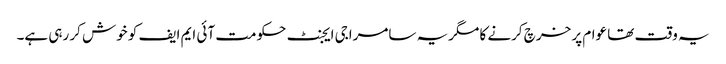
یہ وقت تھا عوام پر خرچ کرنے کا مگریہ سامراجی ایجنٹ حکومت آئی ایم ایف کو خوش کر رہی ہے۔